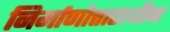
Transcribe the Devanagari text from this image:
निर्माणोत्ताराधीन